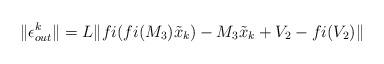
LaTeX: \begin{align*}\|\epsilon_{out}^k\| = L\|fi(fi(M_3)\tilde{x}_k) - M_3\tilde{x}_k + V_2 - fi(V_2)\|\end{align*}